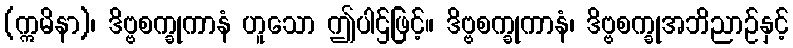
(ဣမိနာ)၊ ဒိဗ္ဗစက္ခုကာနံ ဟူသော ဤပါဌ်ဖြင့်။ ဒိဗ္ဗစက္ခုကာနံ၊ ဒိဗ္ဗစက္ခုအဘိညာဉ်နှင့်